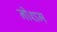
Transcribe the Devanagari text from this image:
नीशम